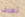
تعرف